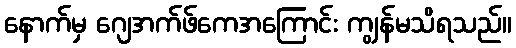
နောက်မှ ဂျေအက်ဖ်ကေအကြောင်း ကျွန်မသိရသည်။